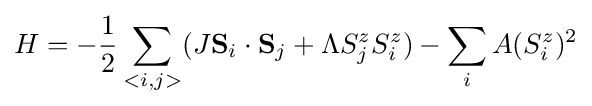
H=-{\frac {1}{2}}\sum _{<i,j>}(J\mathbf {S} _{i}\cdot \mathbf {S} _{j}+\Lambda S_{j}^{z}S_{i}^{z})-\sum _{i}A(S_{i}^{z})^{2}